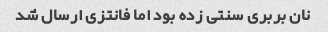
نان بربری سنتی زده بود اما فانتزی ارسال شد